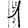
Digit: 1